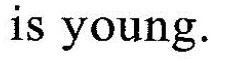
is young.